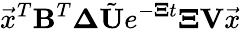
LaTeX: \vec{x}^{T}\mathbf{B}^{T}\mathbf{\Delta}\tilde{\mathbf{U}}e^{-\mathbf{\Xi}t}\mathbf{\Xi}\mathbf{V}\vec{x}